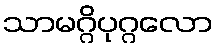
သာမဂ္ဂိပုဂ္ဂလော